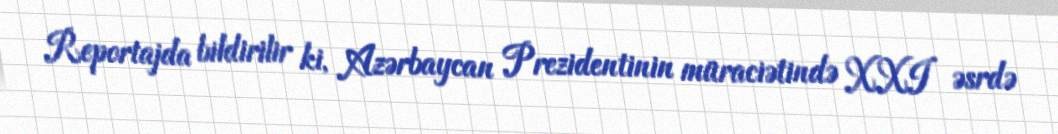
Reportajda bildirilir ki, Azərbaycan Prezidentinin müraciətində XXI əsrdə